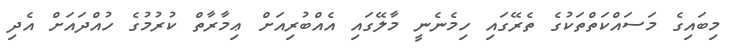
މިބައިގެ މަސައްކަތްތަކުގެ ތެރޭގައި ހިމެނެނީ މާލޭގައި އެއްބުރިއަށް ޢިމާރާތް ކުރުމުގެ ހުއްދައަށް އެދި